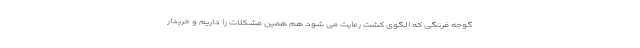
گوجه فرنگی که الگوی کشت رعایت می شود هم همین مشکلات را داریم و خریدار